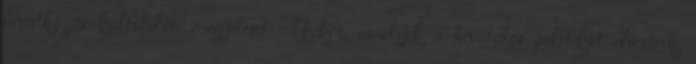
hivatkozás külföldön megjelent cikkekre, amelyek a hivatalos politikát dícsérik,